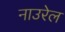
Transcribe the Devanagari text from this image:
नाउरेल